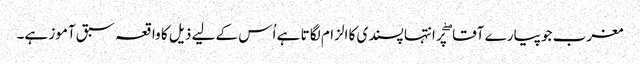
مغرب جو پیارے آقا ۖ پر انتہا پسندی کا الزام لگا تا ہے اُس کے لیے ذیل کا واقعہ سبق آموز ہے۔